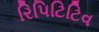
રિપિટિટિવ